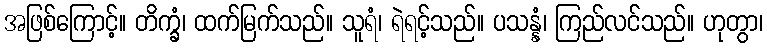
အဖြစ်ကြောင့်။ တိက္ခံ၊ ထက်မြက်သည်။ သူရံ၊ ရဲရင့်သည်။ ပသန္နံ၊ ကြည်လင်သည်။ ဟုတွာ၊